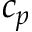
c _ { p }